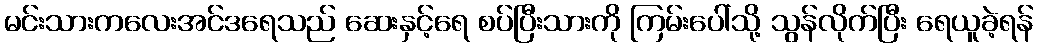
မင်းသားကလေးအင်ဒရေသည် ဆေးနှင့်ရေ စပ်ပြီးသားကို ကြမ်းပေါ်သို့ သွန်လိုက်ပြီး ရေယူခဲ့ရန်